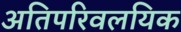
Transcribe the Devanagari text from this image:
अतिपरिवलयिक